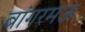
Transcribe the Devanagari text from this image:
बांगरमऊ